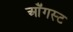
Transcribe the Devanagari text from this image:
ऑॅगस्ट